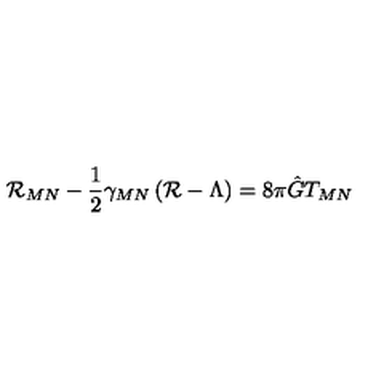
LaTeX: { \cal R } _ { M N } - \frac { 1 } { 2 } \gamma _ { M N } \left( { \cal R } - \Lambda \right) = 8 \pi \hat { G } T _ { M N }